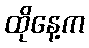
ထိုနေ့က